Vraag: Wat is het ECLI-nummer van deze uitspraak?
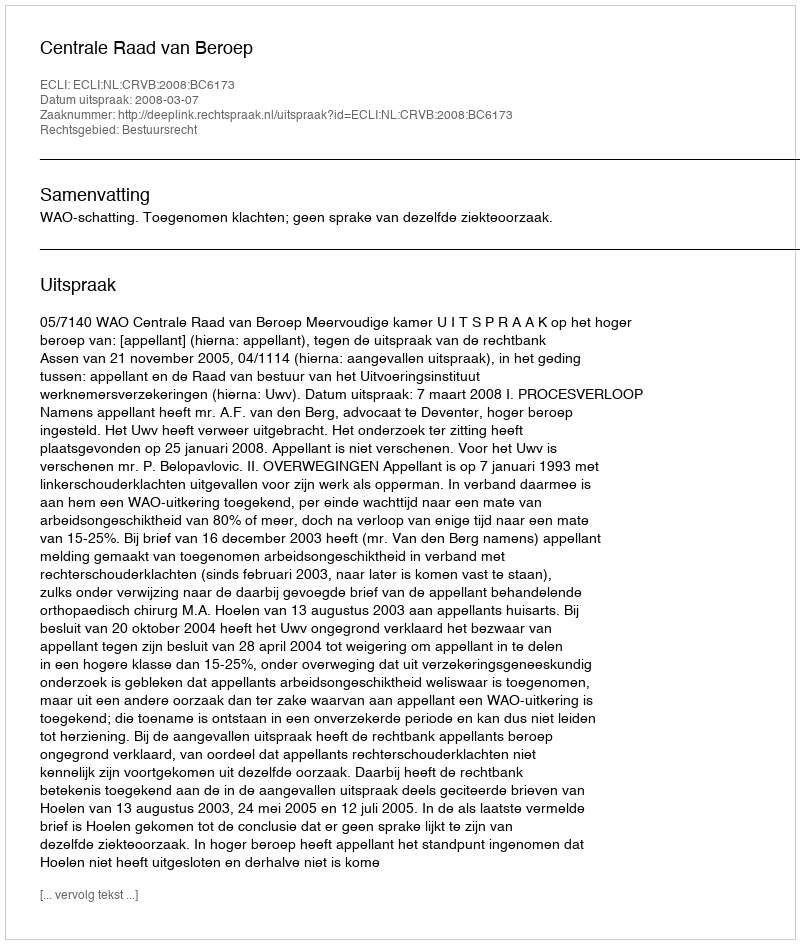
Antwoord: ECLI:NL:CRVB:2008:BC6173